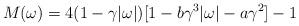
LaTeX: \begin{align*}M(\omega)= 4(1-\gamma |\omega|)[1-b\gamma ^3 |\omega|-a\gamma^2]-1\end{align*}